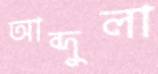
আব্দুলা